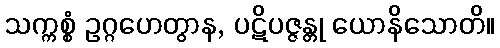
သက္ကစ္စံ ဥဂ္ဂဟေတွာန, ပဋိပဇ္ဇန္တု ယောနိသောတိ။